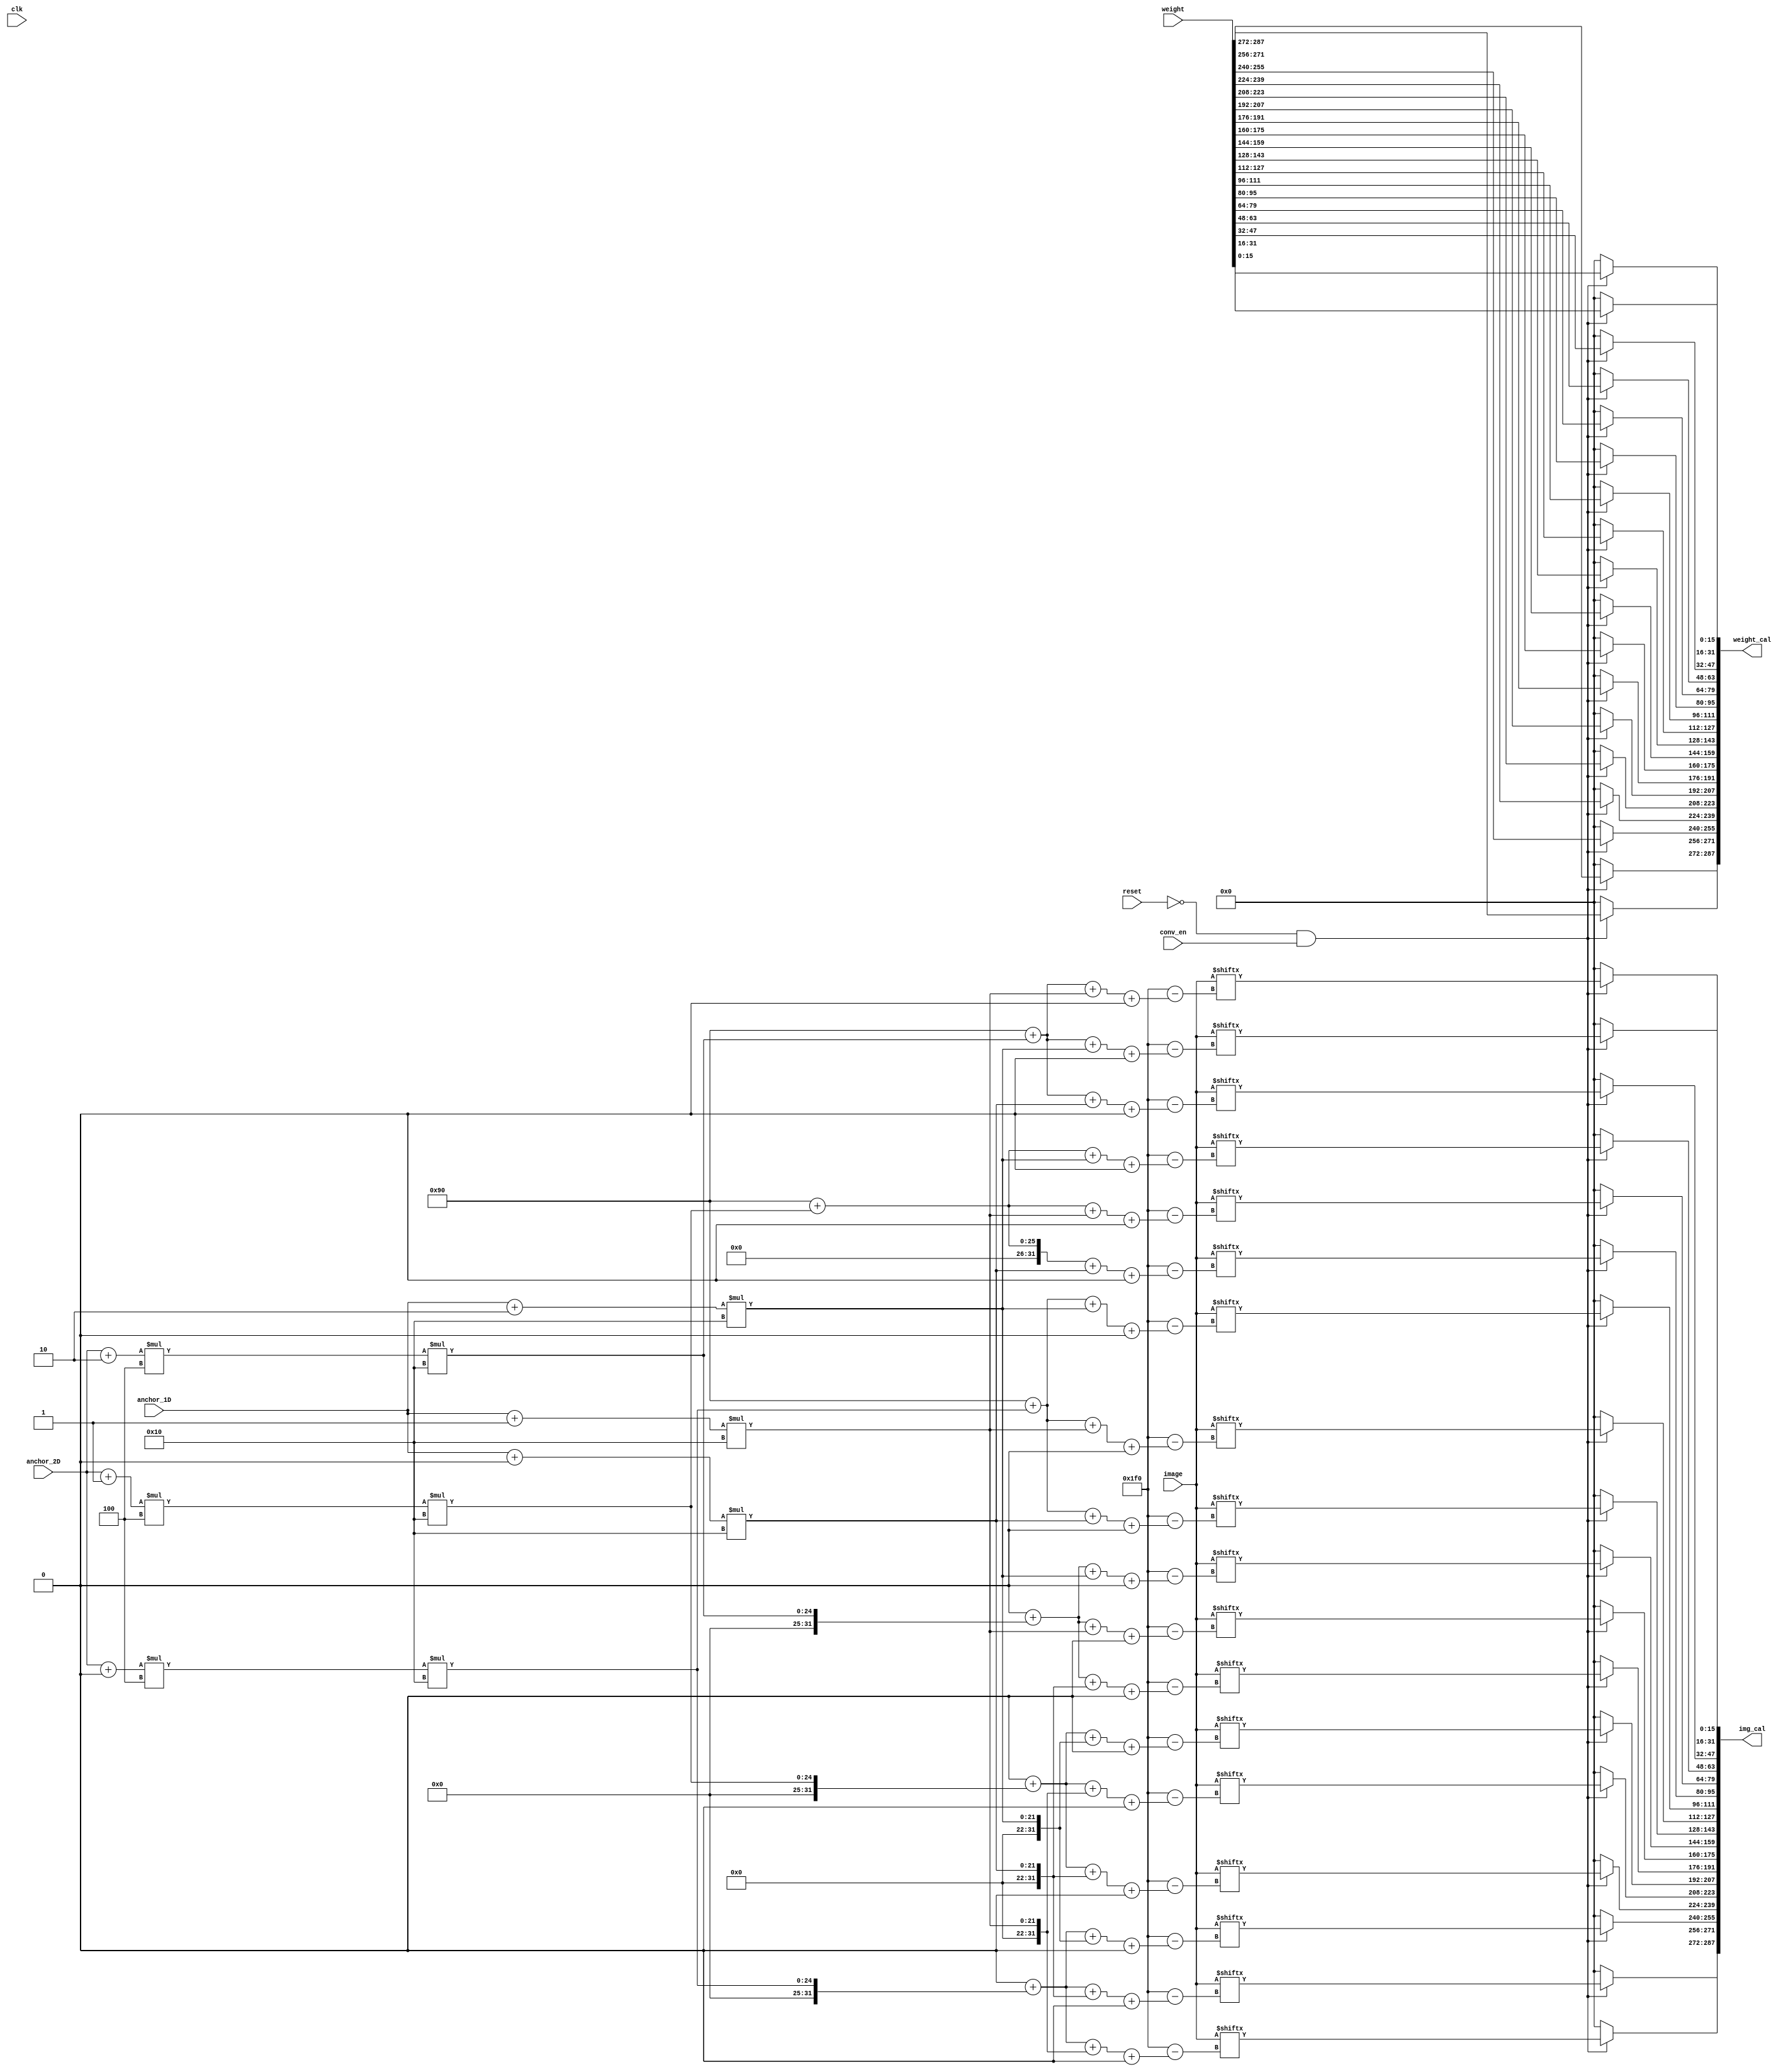
// load a set of 3Darray to do convolution 
module convBuffer#(
	parameter data_width = 16,
	parameter input_channel = 2,
	parameter output_channel = 1,

	parameter image_length = 4,
	parameter image_width = 4,
	parameter weight_length = 3,
	parameter weight_width = 3,

	parameter stride = 1,
	parameter padding_en = 0,
	parameter padding = 0,

	parameter result_length = 2,
	parameter result_width = 2
)(
	input clk,
	input reset,
	input conv_en,
	input [0:input_channel*image_length*image_width*data_width-1] image,
	input [0:input_channel*weight_length*weight_width*data_width-1] weight,

	input [data_width-1:0]anchor_2D,
	input [data_width-1:0]anchor_1D,
	output [0:input_channel*weight_length*weight_width*data_width-1] img_cal,
	output [0:input_channel*weight_length*weight_width*data_width-1] weight_cal
	//output reg cb_valid
	);

// image buffer
wire [0:input_channel*weight_width*weight_length*data_width-1] img_buffer;

genvar i,j,k;
generate
	for(i=0;i<input_channel;i=i+1)begin
		for(j=0;j<weight_width;j=j+1)begin
			for(k=0;k<weight_length;k=k+1)begin
					assign img_buffer[i*weight_width*weight_length*data_width
					+j*weight_length*data_width
					+k*data_width
					+:data_width]=
					(!reset&conv_en)?
						(padding_en?
							((anchor_2D+j)<padding | (anchor_2D+j)>image_width |(anchor_1D+k) < padding | (anchor_1D+k)>image_length?
								//padding content this  will continue padding even out of limit
								0
								//origin 
								:image[i*weight_length*weight_width*data_width
								+(anchor_2D+j-padding)*image_length*data_width
								+(anchor_1D+k-padding)*data_width 
								+:data_width])
							// no padding	
							:image[i*weight_length*weight_width*data_width
							+(anchor_2D+j)*image_length*data_width
							+(anchor_1D+k)*data_width
							+:data_width])
						:0;

			end
		end
	end
endgenerate


//reg [data_width-1:0] weight_buffer [0:input_channel-1][0:weight_width-1][0:weight_length-1];
wire [0:input_channel*weight_width*weight_length*data_width-1] weight_buffer;
//reg [data_width-1:0] a,b,c;
genvar a,b,c;
generate
	for(a=0;a<input_channel;a=a+1)begin
		for(b=0;b<weight_width;b=b+1)begin
			for(c=0;c<weight_length;c=c+1)begin
				assign weight_buffer[a*weight_width*weight_length*data_width
				+b*weight_length*data_width
				+c*data_width
				+:data_width]=(!reset&conv_en)?
				weight[a*weight_width*weight_length*data_width
				+b*weight_length*data_width
				+c*data_width
				+:data_width]:0;
			end
		end
	end
endgenerate

assign img_cal = img_buffer;
assign weight_cal = weight_buffer;


endmodule